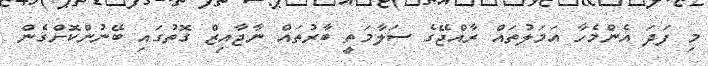
މި ފަދަ އެންމެހާ އަމަލުތައް ރާއްޖޭގެ ސަލާމަތީ ބާރުތައް ނާޖާއިޒް ގޮތުގައި ބޭނުންކޮށްގެން